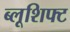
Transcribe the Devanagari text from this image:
ब्लूशिफ्ट